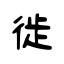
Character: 徙